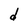
Character: d